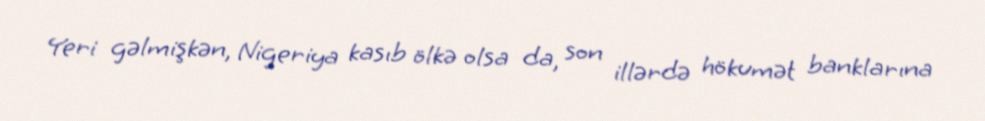
Yeri gəlmişkən, Nigeriya kasıb ölkə olsa da, son illərdə hökumət banklarına